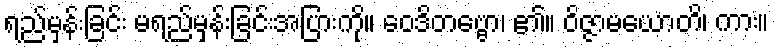
ရည်မှန်းခြင်း မရည်မှန်းခြင်းအပြားကို။ ဝေဒိတဗ္ဗော၊ ၏။ ဝိဇ္ဇာမယောတိ၊ ကား။